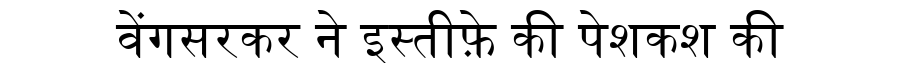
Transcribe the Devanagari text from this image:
वेंगसरकर ने इस्तीफ़े की पेशकश की